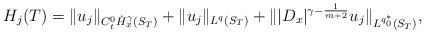
LaTeX: \begin{align*} H_j(T)= \|u_j\|_{C_t^0\dot{H}_x^\gamma(S_T)} + \|u_j\|_{L^q(S_T)} + \| |D_x|^{\gamma -\frac 1 {m+2}} u_j\|_{L^{q_0^\ast}(S_T)},\end{align*}